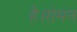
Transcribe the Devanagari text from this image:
है।रोमन